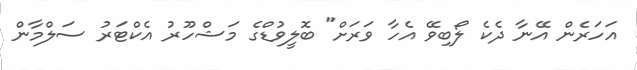
އަހަރެން އޭނާ ދެކެ ލޯބިވޭ އެހާ ވަރަށް" ބޮލީވުޑްގެ މަޝްހޫރު އެކްޓަރު ސަލްމާން